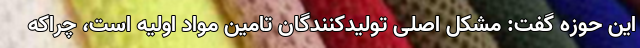
این حوزه گفت: مشکل اصلی تولیدکنندگان تامین مواد اولیه است، چراکه